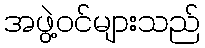
အဖွဲ့ဝင်များသည်